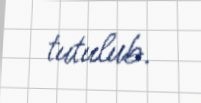
tutulub.